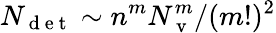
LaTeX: N_{\mathrm{~d~e~t~}}\sim n^{m}N_{\mathrm{~v~}}^{m}/(m!)^{2}